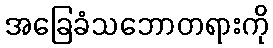
အခြေခံသဘောတရားကို